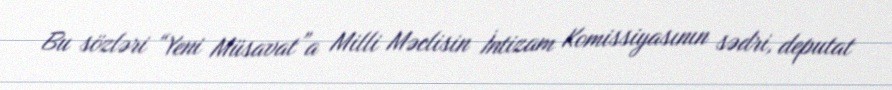
Bu sözləri “Yeni Müsavat”a Milli Məclisin İntizam Komissiyasının sədri, deputat